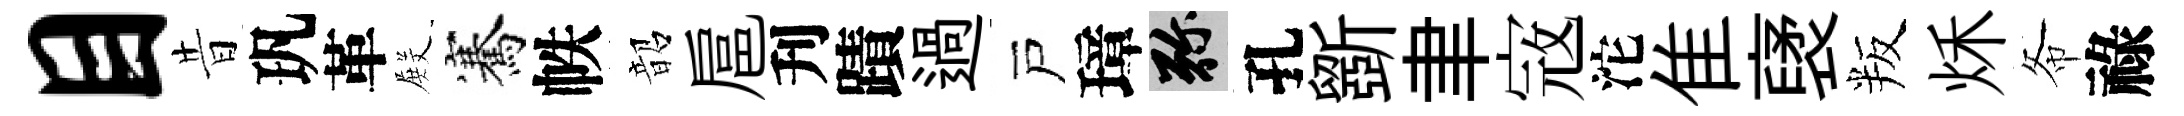
目昔㺬革𭮺騫帙韶扈刋蹟過戸璋弥孔斵聿𡨥沱隹裦叛秌𢁙祿